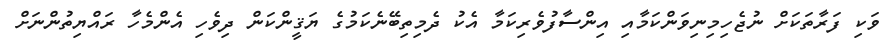
ވަކި ފަރާތަކަށް ނުޖެހިމިނިވަންކަމާއި އިންސާފުވެރިކަމާ އެކު ދެމިތިބޭނެކަމުގެ ޔަޤީންކަން ދިވެހި އެންމެހާ ރައްޔިތުންނަށް